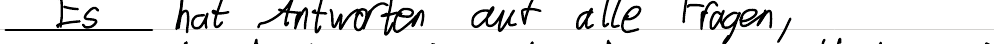
Es hat Antworten auf alle Fragen,